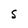
Character: S